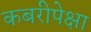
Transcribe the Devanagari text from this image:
कबरीपेक्षा